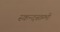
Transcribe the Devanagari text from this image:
स्कन्दस्तम्भी